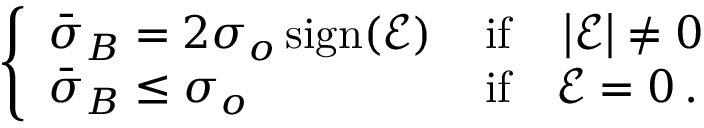
\begin{array} { r } { \left\{ \begin{array} { l l } { \bar { \boldsymbol { \sigma } } _ { B } = 2 \sigma _ { o } \, \mathrm { s i g n } { \left( \mathcal { E } \right) } \, } & { \mathrm { i f } \quad \left| \mathcal { E } \right| \ne 0 } \\ { \bar { \boldsymbol { \sigma } } _ { B } \le \sigma _ { o } } & { \mathrm { i f } \quad \mathcal { E } = 0 \, . } \end{array} \right. } \end{array}